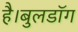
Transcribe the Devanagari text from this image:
है।बुलडॉग